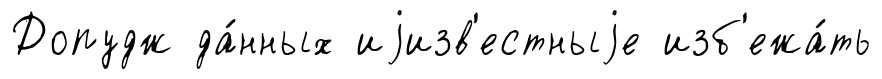
Допудж да́нных иjизв'естныjе изб'ежа́ть